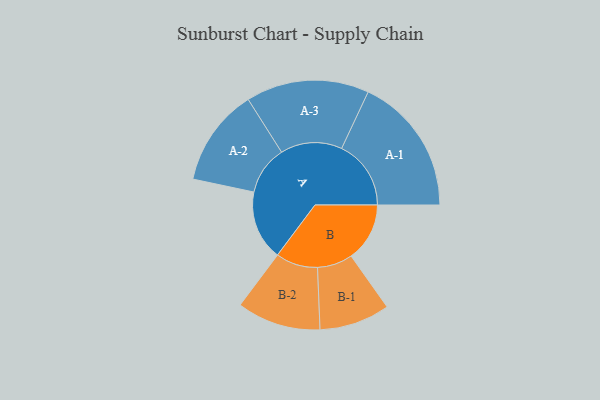
{"axis": {"x": "Segment", "y": "Value"}, "legend": ["", "A", "B"], "data": [{"x": "A", "y": 231, "type": ""}, {"x": "B", "y": 194, "type": ""}, {"x": "A-1", "y": 230, "type": "A"}, {"x": "A-2", "y": 162, "type": "A"}, {"x": "A-3", "y": 204, "type": "A"}, {"x": "B-1", "y": 117, "type": "B"}, {"x": "B-2", "y": 139, "type": "B"}]}